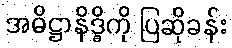
အဓိဋ္ဌာနိဒ္ဓိကို ပြဆိုခန်း